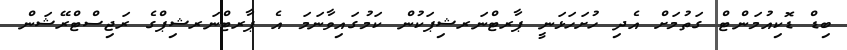
ބިޑް ޑޮކިއުމަންޓް ގަތުމަށް އެދި ހުށަހަޅަނީ ޕާރޓްނަރޝިޕަކުން ކަމުގައިވާނަމަ އެ ޕާރޓްނަރޝިޕްގެ ރަޖިސްޓްރޭޝަން